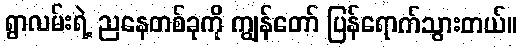
ရွာလမ်းရဲ့ ညနေတစ်ခုကို ကျွန်တော် ပြန်ရောက်သွားတယ်။